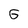
Character: G